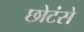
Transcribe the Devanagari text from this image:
छोटंसे